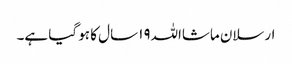
ارسلان ماشااللہ١٩ سال کا ہو گیا ہے۔